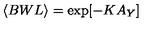
\langle B W L \rangle = \exp [ - K A _ { Y } ]